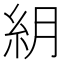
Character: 𥾶